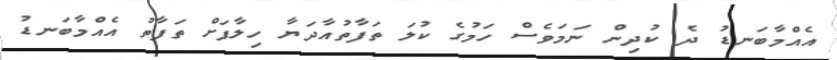
އެއްމާބަނޑު ދެ ކުދިން ނަމަވެސް ހަމުގެ ކުލަ ތަފާތުއާދަޔާ ހިލާފަށް ތަފާތު އެއްމާބަނޑު